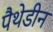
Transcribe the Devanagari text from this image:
पैथेडीन